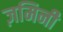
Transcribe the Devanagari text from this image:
ज़मिनी